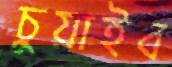
চুয়াইব